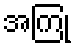
အကြုံ